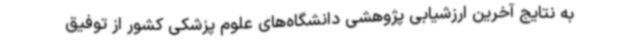
به نتایج آخرین ارزشیابی پژوهشی دانشگاه‌های علوم پزشکی کشور از توفیق